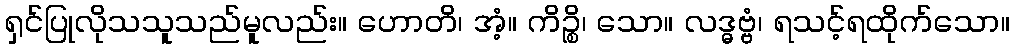
ရှင်ပြုလိုသသူသည်မူလည်း။ ဟောတိ၊ အံ့။ ကိဉ္စိ၊ သော။ လဒ္ဓဗ္ဗံ၊ ရသင့်ရထိုက်သော။